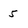
Character: 5